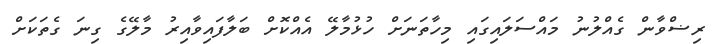
ރިޟްވާން ގެއްލުނު މައްސަލައިގައި މިހާތަނަށް ހުޅުމާލޭ އެއްކޮށް ބަލާފައިވާއިރު މާލޭގެ ގިނަ ގެތަކަށް